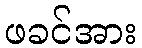
ဖခင်အား